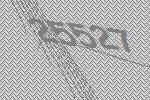
25527